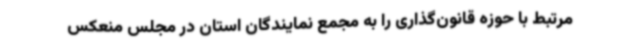
مرتبط با حوزه قانون‌گذاری را به مجمع نمایندگان استان در مجلس منعکس